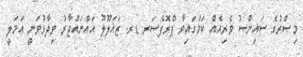
މިޞްރުގެ ސައިންސު ވެރިއެއް ކަމުގައިވާ ޕްރޮފެސަރ ޑރ. ޒަޣަލޫލު އައްނައްޖާރު ވިދާޅުވަނީ ޢަމަލީ